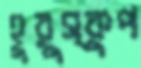
হুরুস্কুপ